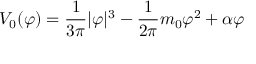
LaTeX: { \cal V } _ { 0 } ( \varphi ) = { \frac { 1 } { 3 \pi } } | \varphi | ^ { 3 } - { \frac { 1 } { 2 \pi } } m _ { 0 } \varphi ^ { 2 } + \alpha \varphi